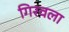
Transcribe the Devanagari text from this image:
गिरवला